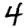
Digit: 4